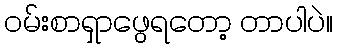
ဝမ်းစာရှာဖွေရတော့ တာပါပဲ။